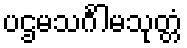
ပဌမသင်္ဂါမသုတ္တံ